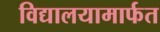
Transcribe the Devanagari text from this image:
विद्यालयामार्फत